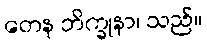
တေန ဘိက္ခုနာ၊ သည်။